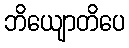
ဘိယျောတိပေ